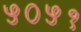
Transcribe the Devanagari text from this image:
५०५१